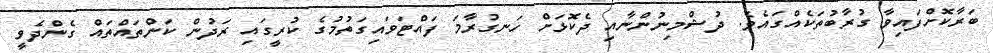
ބަރާކޮށްފައިވާ ގުރާބުތަކެއްގައެވެ. ދުޝްމިނުންނާއި ދެކޮޅަށް ހަނގުރާމަ ފައްޓަވައިގަތުމުގެ ކުރީގައި ރަދުން ކަންތައްތައް ގެންދެވީ